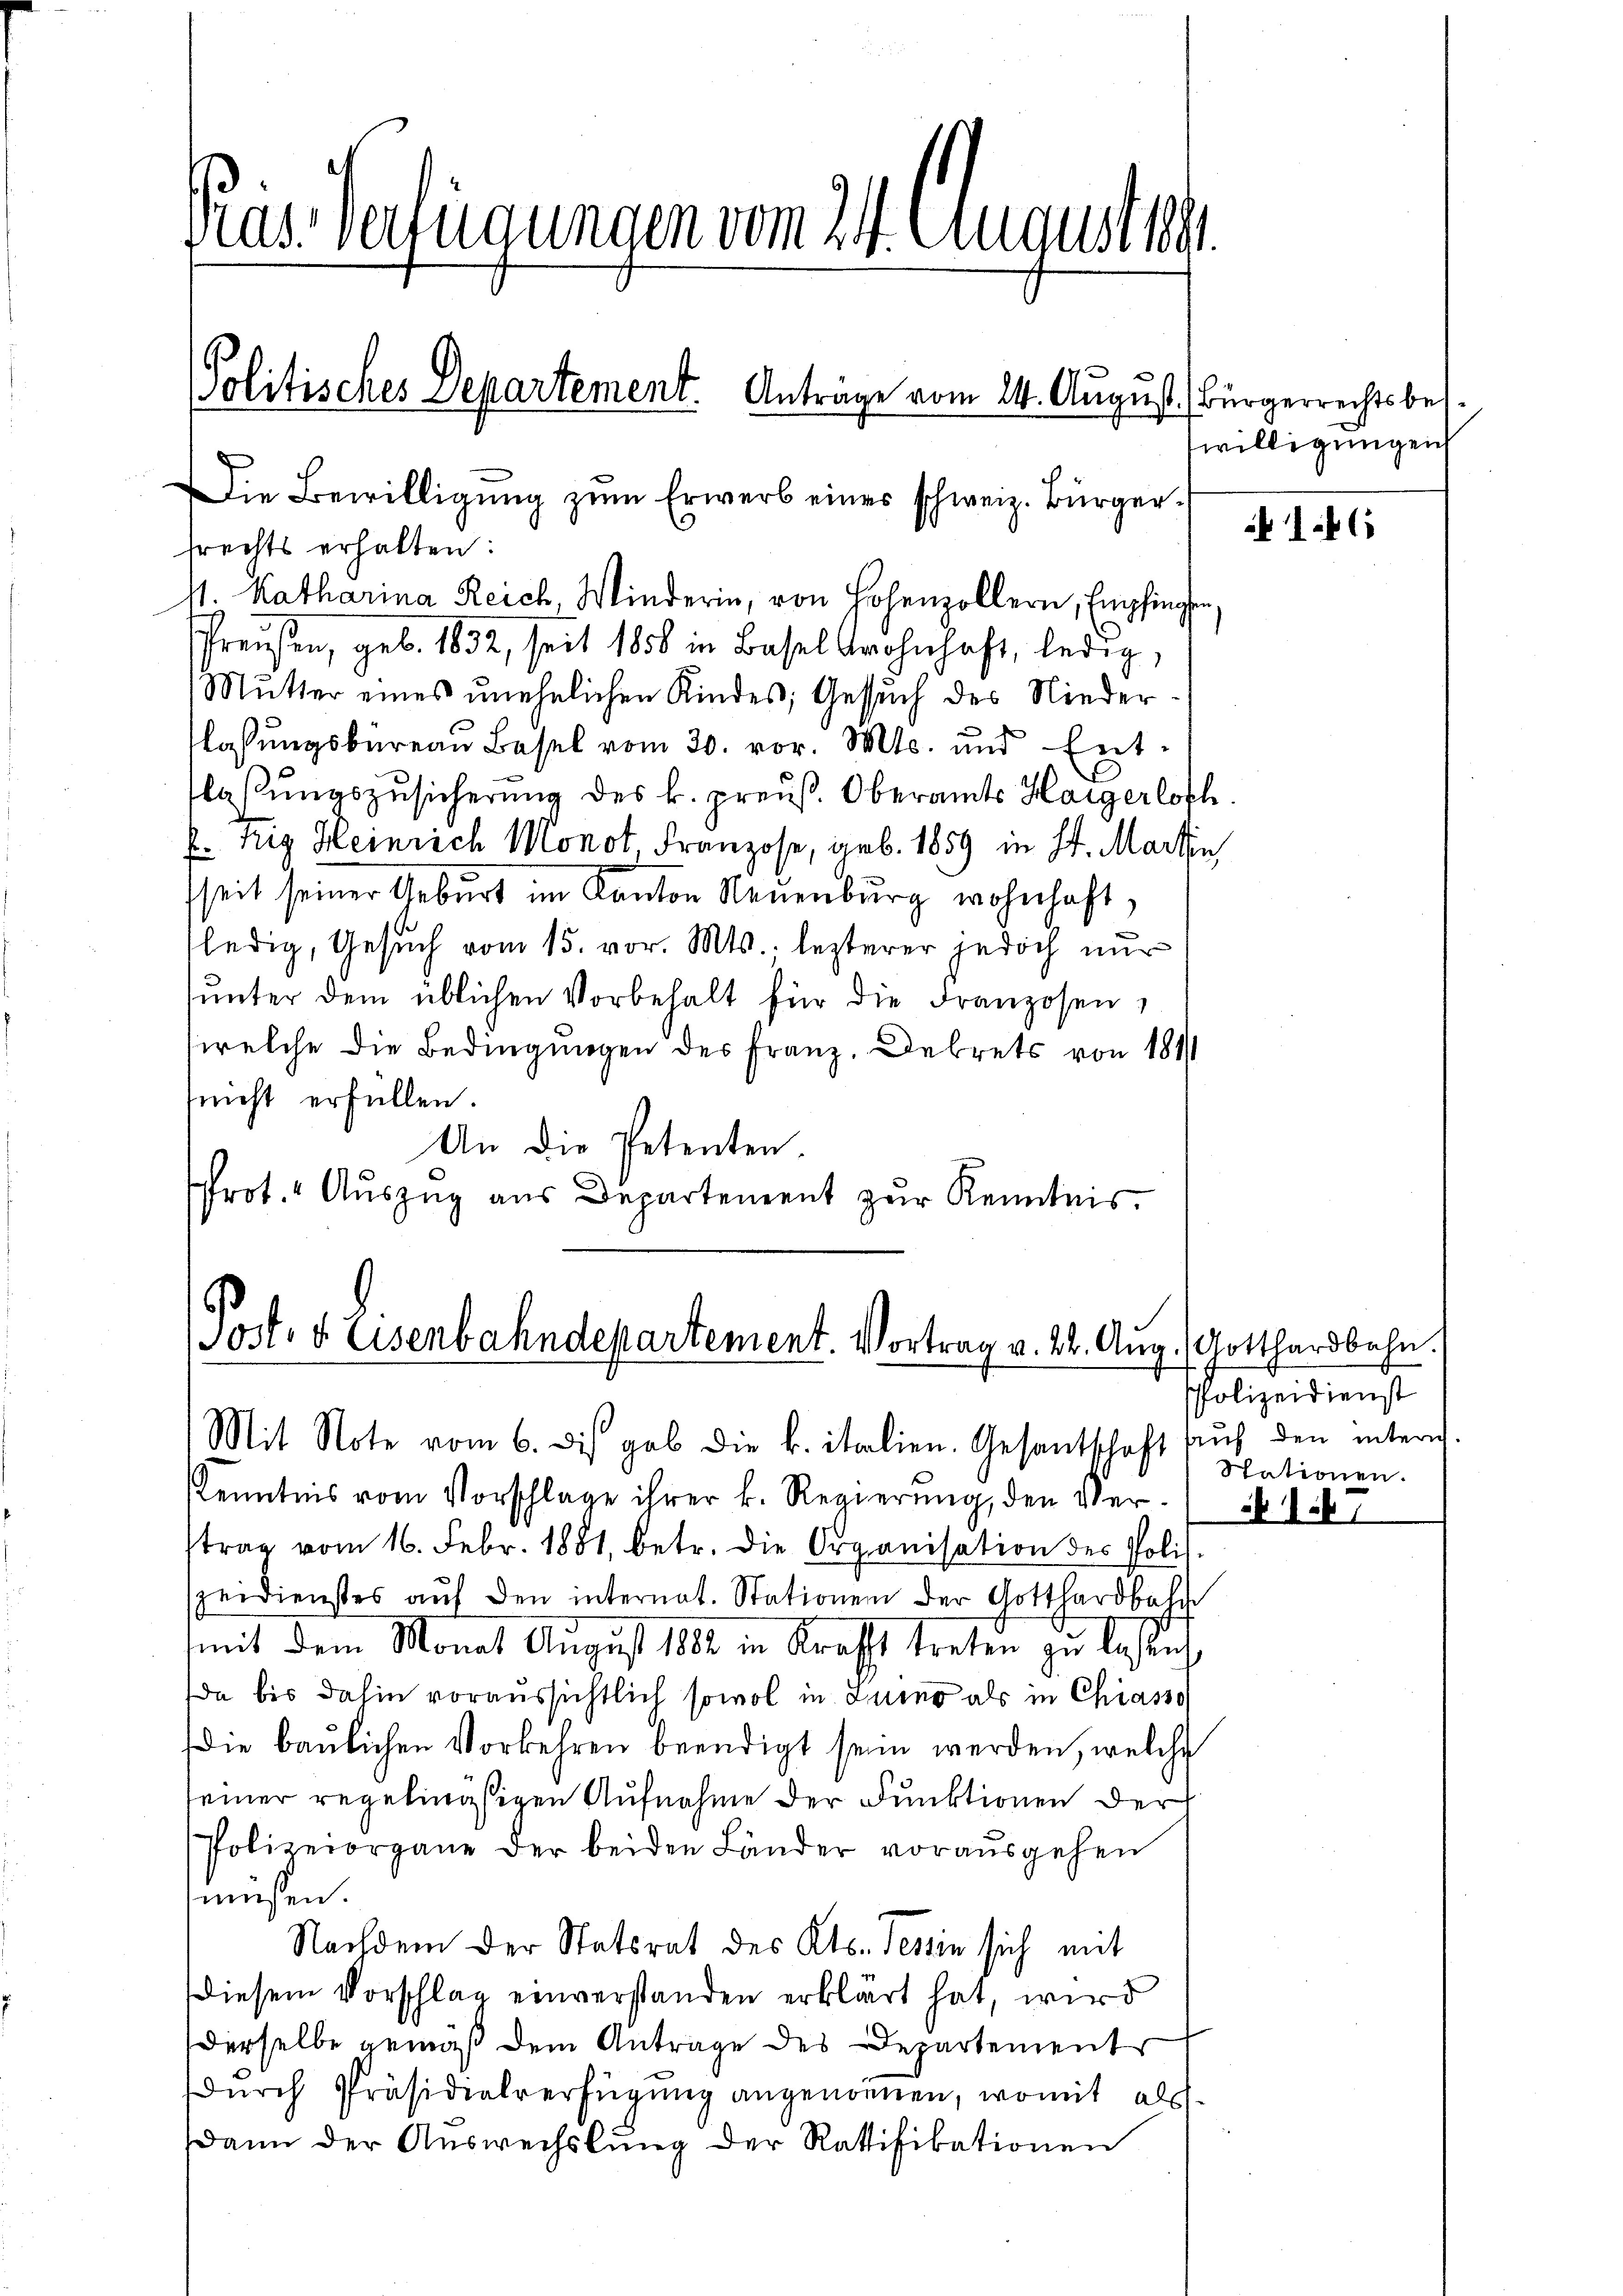
Pras-Verfügungen vom 24. August 1881

Politisches Departement. Anträge vom 14. August. Bürgerrechtsbes.
Die Bewilligung zum Erwerb eines schweiz. Bürger¬

frechts erhalten:
11. Katharina Reich, Winderin, von Hohenzollern, Empfingen,
Preußen, geb. 1832, seit 1856 in Basel wohnhaft, ledig,
Mutter eines unehelichen Kindes Gesuch des Niederlassungsbureau Basel vom 30. vor. Mts. und Entflassŭngszŭsicherŭng des k. preuß. Oberamts Haigerlosch
f Rig Heinrich Monot, Franzose, geb. 1859 in St. Martin
sseit seiner Geburt im Kanton Neuenburg wohnhaft,
ledig, Gesuch vom 15. vor. Mts. lezterer jedoch nur
ŭnter dem üblichen Vorbehalt für die Franzosen,
welche die Bedingungen des Franz, Dekrets von 1811
nnicht erfüllen.
An die Petenten.
Prot. Auszug aus Departement zur Kenntnis.

Post. d. Eisenbahndepartement. Vortrag v. 22. Aug. Gotthardbahn.
Mit Note vom 6. Dis gab die k. italien. Gesantschaft aŭch den intern

Kenntnis vom Vorschlage ihrer k. Regierung, den Verstrag vom 16. Febr. 1881, betr. die Organisation des Poli
zeidienstes aŭf den internat. Stationen der Gotthardbahn
mit dem Monat August 1882 in Kraft treten zu lassen
da bis dahin voraussichtlich sowol in Luino als in Chiasso
die baulichen Vorkehren beendigt sein werden, welche
seiner regelingstigen Aufnahme der Funktionen der
Polizeiorgane der beiden Länder vorausgehen
müssen.
Nachdem der Statsrat des Kts. Tessin sich mit
diesem Vorschlag einverstanden erklärt hat, wird
derselbe gemäß dem Antrage des Departement
durch Präsidialverfügung angenommen, womit als
dann der Auswechslung der Ratifikationen

swilligung eich

1

Polizeidienst
Stationen.
 117